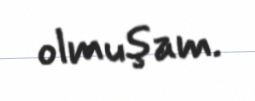
olmuşam.